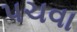
પચવા